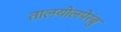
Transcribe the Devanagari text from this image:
तालयोलपेरंबु